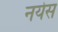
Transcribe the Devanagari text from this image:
नयेस